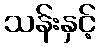
သန်းနှင့်